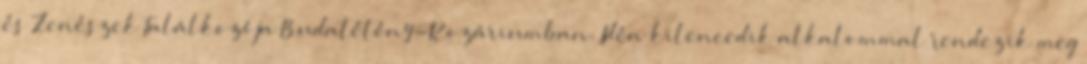
és Zenészek Találkozója Budatétény-Rozáriumban. Idén kilencedik alkalommal rendezik meg